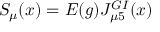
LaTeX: { \cal S } _ { \mu } ( x ) = E ( g ) J _ { \mu 5 } ^ { G I } ( x )